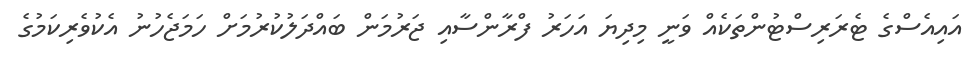
އައިއެސްގެ ޓެރަރިސްޓުންތަކެއް ވަނީ މިދިޔަ އަހަރު ފްރާންސާއި ޖަރުމަން ބައްދަލުކުރުމަށް ހަމަޖެހުނު އެކުވެރިކަމުގެ